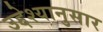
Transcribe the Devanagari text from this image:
उद्देश्यानुसार